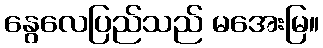
နွေလေပြည်သည် မအေးမြ။